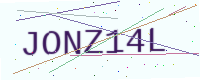
Text: JONZ14L